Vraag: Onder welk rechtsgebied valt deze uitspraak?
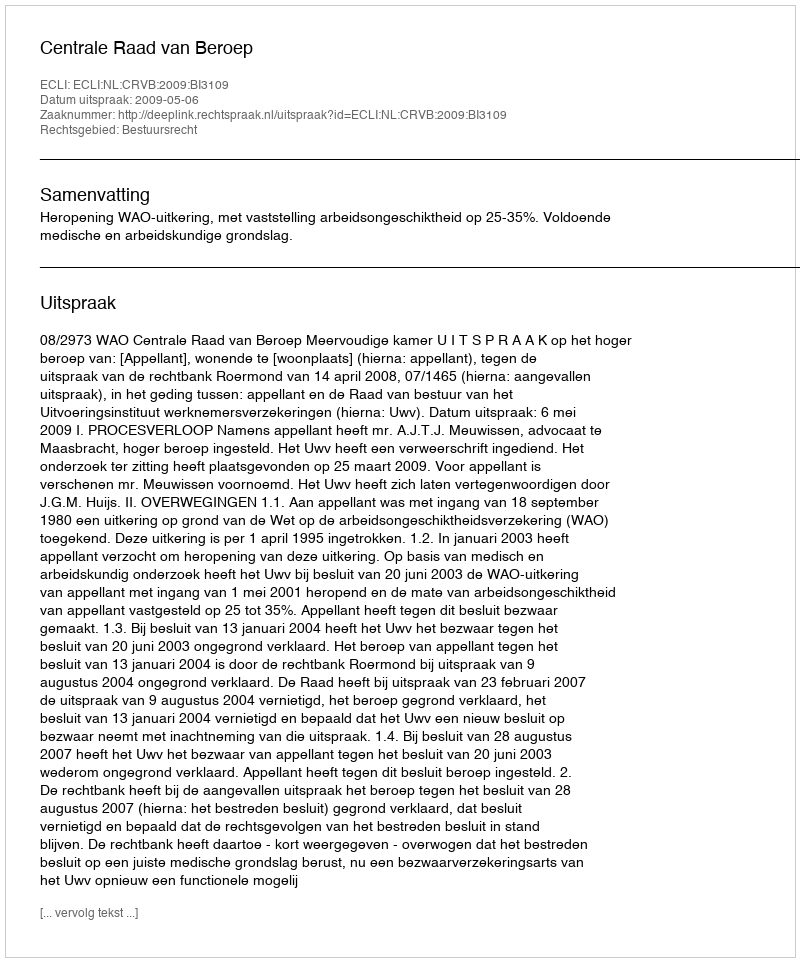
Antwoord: Bestuursrecht